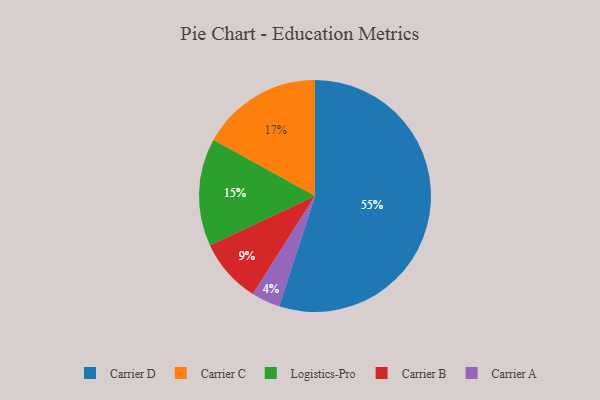
{"axis": {"x": "Category", "y": "Percentage"}, "legend": ["Carrier A", "Carrier B", "Carrier C", "Carrier D", "Logistics-Pro"], "data": [{"x": "Carrier A", "y": 4, "type": "Carrier A"}, {"x": "Carrier C", "y": 17, "type": "Carrier C"}, {"x": "Carrier B", "y": 9, "type": "Carrier B"}, {"x": "Logistics-Pro", "y": 15, "type": "Logistics-Pro"}, {"x": "Carrier D", "y": 55, "type": "Carrier D"}]}